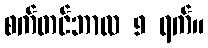
စက်တင်ဘာလ 9 ရက်။